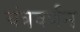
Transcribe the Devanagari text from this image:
यंत्रवर्णन